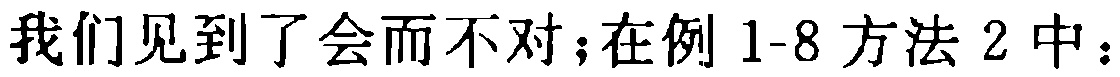
我们见到了会而不对；在例 1-8 方法 2 中：